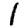
Digit: 1